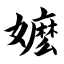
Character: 嬷